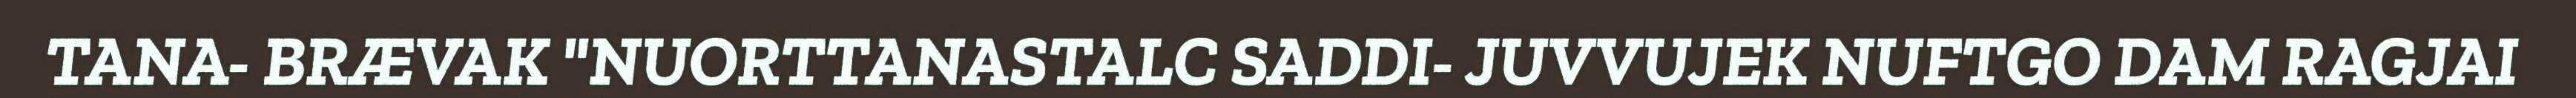
TANA- BRÆVAK "NUORTTANASTALC SADDI- JUVVUJEK NUFTGO DAM RAGJAI